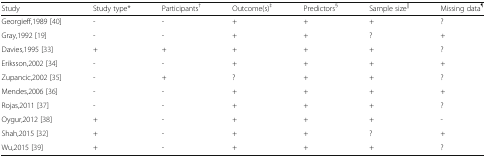
<table><thead><tr><td><b>Study</b></td><td><b>Study type*</b></td><td><b>Participants<sup>†</sup></b></td><td><b>Outcome(s)<sup>‡</sup></b></td><td><b>Predictors<sup>§</sup></b></td><td><b>Sample size<sup>||</sup></b></td><td><b>Missing data<sup>¶</sup></b></td></tr></thead><tbody><tr><td>Georgieff,1989 [40]</td><td>-</td><td>-</td><td>+</td><td>+</td><td>+</td><td>?</td></tr><tr><td>Gray,1992 [19]</td><td>-</td><td>-</td><td>+</td><td>+</td><td>?</td><td>+</td></tr><tr><td>Davies,1995 [33]</td><td>+</td><td>+</td><td>+</td><td>+</td><td>+</td><td>?</td></tr><tr><td>Eriksson,2002 [34]</td><td>-</td><td>-</td><td>+</td><td>+</td><td>+</td><td>+</td></tr><tr><td>Zupancic,2002 [35]</td><td>-</td><td>+</td><td>?</td><td>+</td><td>+</td><td>?</td></tr><tr><td>Mendes,2006 [36]</td><td>-</td><td>-</td><td>+</td><td>+</td><td>+</td><td>+</td></tr><tr><td>Rojas,2011 [37]</td><td>-</td><td>-</td><td>+</td><td>+</td><td>+</td><td>?</td></tr><tr><td>Oygur,2012 [38]</td><td>+</td><td>-</td><td>+</td><td>+</td><td>+</td><td>-</td></tr><tr><td>Shah,2015 [32]</td><td>+</td><td>-</td><td>+</td><td>+</td><td>?</td><td>+</td></tr><tr><td>Wu,2015 [39]</td><td>+</td><td>-</td><td>+</td><td>+</td><td>+</td><td>?</td></tr></tbody></table>